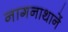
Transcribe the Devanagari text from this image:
नागनाथानें